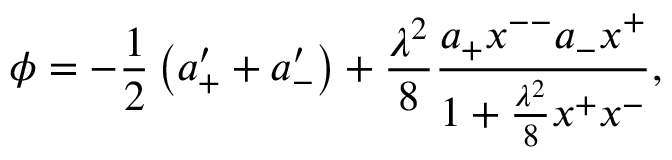
\phi = - { \frac { 1 } { 2 } } \left( a _ { + } ^ { \prime } + a _ { - } ^ { \prime } \right) + { \frac { \lambda ^ { 2 } } { 8 } } { \frac { a _ { + } x ^ { -- } a _ { - } x ^ { + } } { 1 + { \frac { \lambda ^ { 2 } } { 8 } } x ^ { + } x ^ { - } } } ,